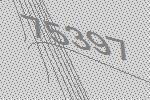
75397